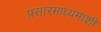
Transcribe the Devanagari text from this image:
प्रसारमाध्यमाशी